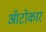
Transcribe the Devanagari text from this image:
ऑटोकार